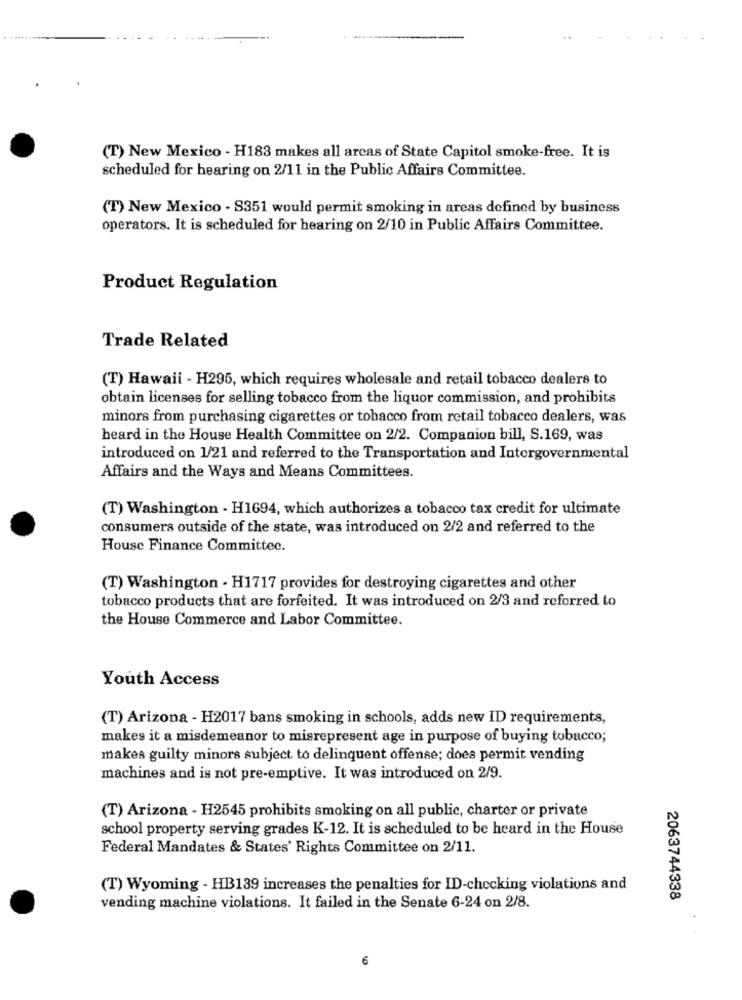
(T) New Mexico - H183 makes all areas of State Capitol smoke-free. It is
scheduled for hearing on 2/11 in the Public Affairs Committee.
(T) New Mexico - S351 would permit smoking in areas defined by business
operators. It is scheduled for hearing on 2/10 in Public Affairs Committee.
Product Regulation
Trade Related
(T) Hawaii - H295, which requires wholesale and retail tobacco dealers to
obtain licenses for selling tobacco from the liquor commission, and prohibits
minors from purchasing cigarettes or tobacco from retail tobacco dealers, was
heard in the House Health Committee on 2/2. Companion bill, S.169, was
introduced on 1/21 and referred to the Transportation and Intergovernmental
Affairs and the Ways and Means Committees.
(T) Washington - H1694, which authorizes a tobacco tax credit for ultimate
consumers outside of the state, was introduced on 2/2 and referred to the
House Finance Committee.
(T) Washington - H1717 provides for destroying cigarettes and other
tobacco products that are forfeited. It was introduced on 2/3 and referred to
the House Commerce and Labor Committee.
Youth Access
(T) Arizona - H2017 bans smoking in schools, adds new ID requirements,
makes it a misdemeanor to misrepresent age in purpose of buying tobacco;
makes guilty minors subject to delinquent offense; does permit vending
machines and is not pre-emptive. It was introduced on 2/9.
(T) Arizona - H2545 prohibits smoking on all public, charter or private
school property serving grades K-12. It is scheduled to be heard in the House
Federal Mandates & States' Rights Committee on 2/11.
(T) Wyoming - HB139 increases the penalties for ID-checking violations and
2063744338
vending machine violations. It failed in the Senate 6-24 on 2/8.
6